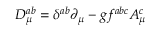
D _ { \mu } ^ { a b } = \delta ^ { a b } \partial _ { \mu } - g f ^ { a b c } A _ { \mu } ^ { c }